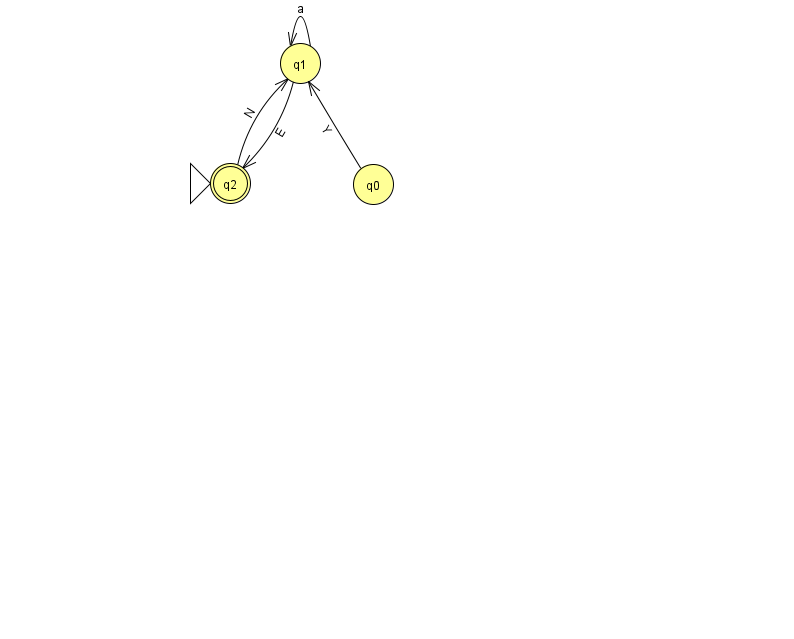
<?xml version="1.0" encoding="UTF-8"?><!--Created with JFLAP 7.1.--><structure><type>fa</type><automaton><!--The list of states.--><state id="0" name="q0"><x>373.0</x><y>171.0</y></state><state id="1" name="q1"><x>300.0</x><y>50.0</y></state><state id="2" name="q2"><x>230.0</x><y>170.0</y><initial/><final/></state><!--The list of transitions.--><transition><from>1</from><to>1</to><read>a</read></transition><transition><from>2</from><to>1</to><read>N</read></transition><transition><from>1</from><to>2</to><read>E</read></transition><transition><from>0</from><to>1</to><read>Y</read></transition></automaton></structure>